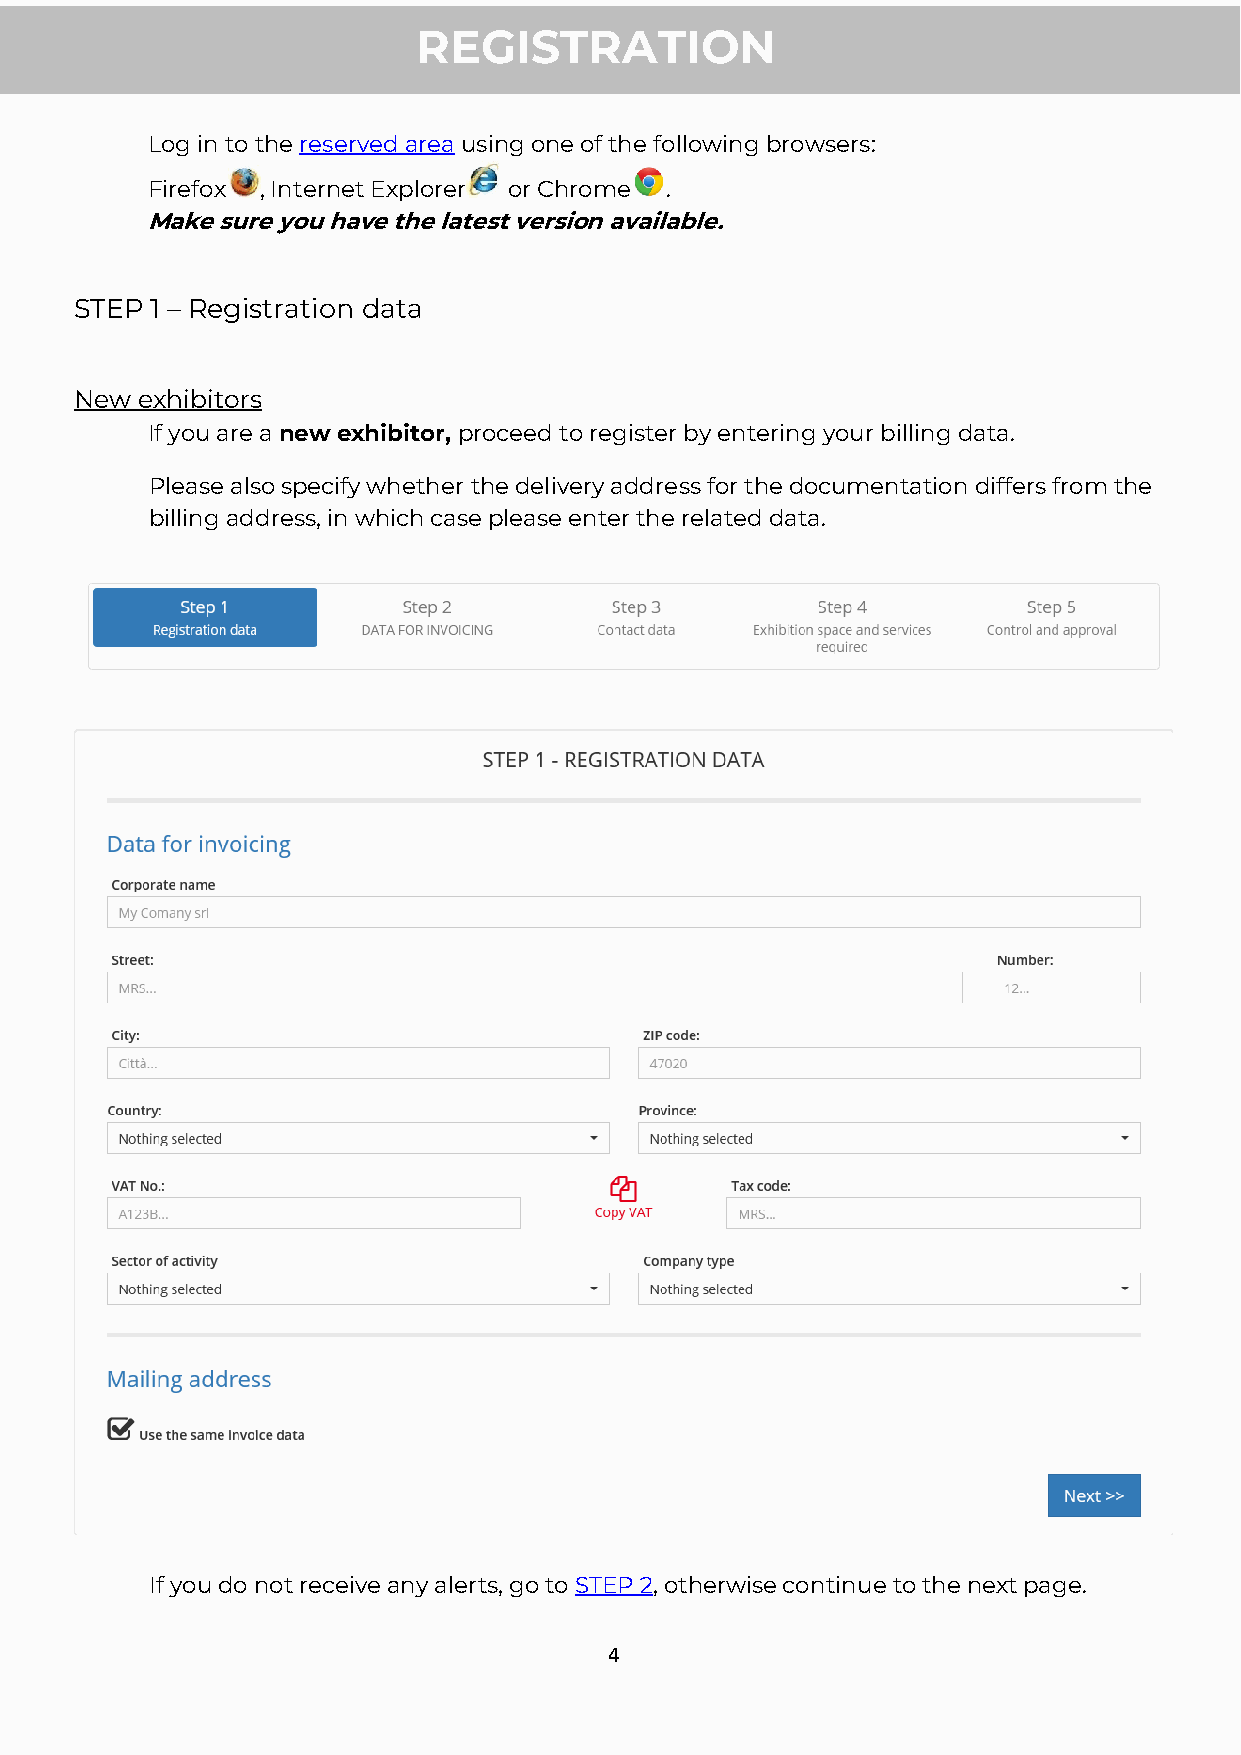
REGISTRATION
 Log in to the reserved area using one of the following browsers:
 Firefox , Internet Explorer or Chrome .
 Make sure you have the latest version available.
 STEP 1 – Registration data
 New exhibitors
 If you are a new exhibitor, proceed to register by entering your billing data.
 Please also specify whether the delivery address for the documentation differs from the
 billing address, in which case please enter the related data.
 If you do not receive any alerts, go to STEP 2, otherwise continue to the next page.
 4